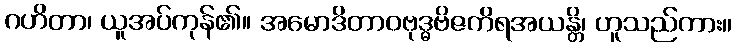
ဂဟိတာ၊ ယူအပ်ကုန်၏။ အမောဒိတာဝဗုဒ္ဓဗိဇကိရအယန္တိ၊ ဟူသည်ကား။